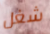
شغل